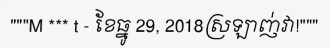
"""M *** t - ខែធ្នូ 29, 2018ស្រឡាញ់វា!"""